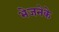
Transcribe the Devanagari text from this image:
भेजनेके